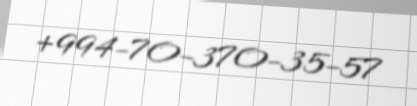
+994-70-370-35-57